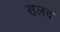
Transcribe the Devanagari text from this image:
सलद